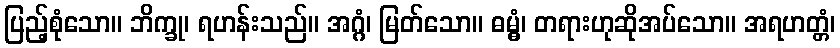
ပြည့်စုံသော။ ဘိက္ခု၊ ရဟန်းသည်။ အဂ္ဂံ၊ မြတ်သော။ ဓမ္မွံ၊ တရားဟုဆိုအပ်သော။ အရဟတ္တံ၊